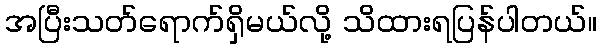
အပြီးသတ်ရောက်ရှိမယ်လို့ သိထားရပြန်ပါတယ်။